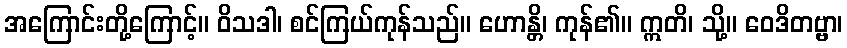
အကြောင်းတို့ကြောင့်။ ဝိသဒါ၊ စင်ကြယ်ကုန်သည်။ ဟောန္တိ၊ ကုန်၏။ ဣတိ၊ သို့။ ဝေဒိတဗ္ဗာ၊